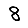
Digit: 8